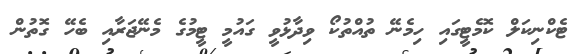
ޓެކްނިކަލް ކޮމެޓީގައި ހިމެނޭ ތުއްތުކޯ ވިދާޅުވީ ގައުމީ ޓީމުގެ މެނޭޖަރާއި ބެހޭ ގޮތުން